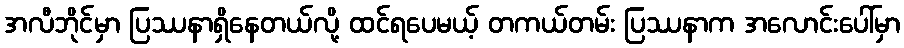
အလီဘိုင်မှာ ပြဿနာရှိနေတယ်လို့ ထင်ရပေမယ့် တကယ်တမ်း ပြဿနာက အလောင်းပေါ်မှာ